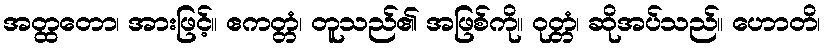
အတ္ထတော၊ အားဖြင့်။ ဧကတ္တံ၊ တူသည်၏ အဖြစ်ကို။ ဝုတ္တံ၊ ဆိုအပ်သည်။ ဟောတိ၊